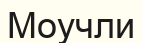
Моучли